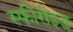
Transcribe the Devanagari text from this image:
स्फीरोइड